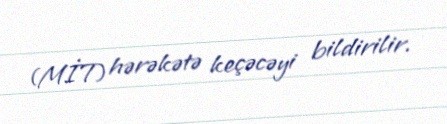
(MİT) hərəkətə keçəcəyi bildirilir.